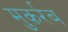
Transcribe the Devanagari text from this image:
मुक़र्रब